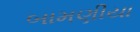
બામણીયા